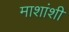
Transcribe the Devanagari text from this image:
माशांशी